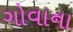
ગોવાના